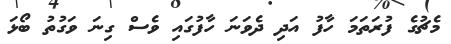
މެޗުގެ ފުރަތަމަ ހާފު އަދި ދެވަނަ ހާފުގައި ވެސް ގިނަ ވަގުތު ބޯޅަ